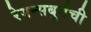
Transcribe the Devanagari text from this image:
रेगन्सबुर्गची